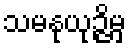
သမနုယုဉ္ဇိမှ